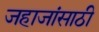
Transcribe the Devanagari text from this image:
जहाजांसाठी